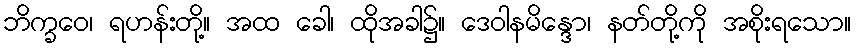
ဘိက္ခဝေ၊ ရဟန်းတို့။ အထ ခေါ၊ ထိုအခါ၌။ ဒေဝါနမိန္ဒော၊ နတ်တို့ကို အစိုးရသော။